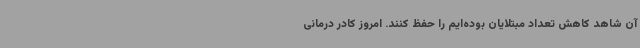
آن شاهد کاهش تعداد مبتلایان بوده‌ایم را حفظ کنند. امروز کادر درمانی